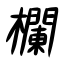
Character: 欄